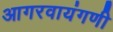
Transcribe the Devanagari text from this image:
आगरवायंगणी